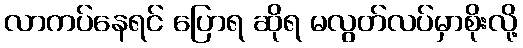
လာကပ်နေရင် ပြောရ ဆိုရ မလွတ်လပ်မှာစိုးလို့